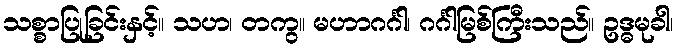
သစ္စာပြုခြင်းနှင့်။ သဟ၊ တကွ။ မဟာဂင်္ဂါ၊ ဂင်္ဂါမြစ်ကြီးသည်။ ဥဒ္ဓမုခါ၊